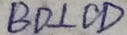
B D \pm C D